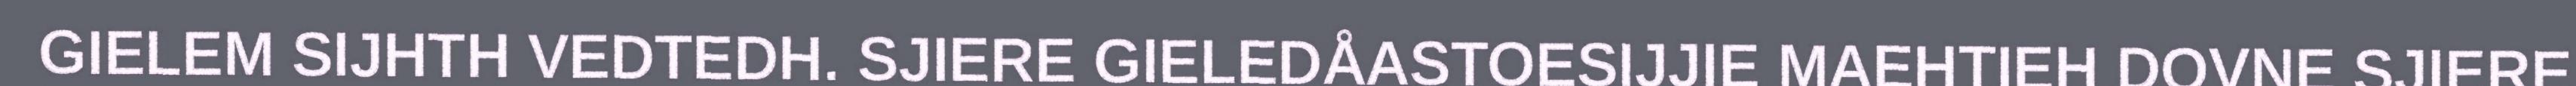
GIELEM SIJHTH VEDTEDH. SJIERE GIELEDÅASTOESIJJIE MAEHTIEH DOVNE SJIERE